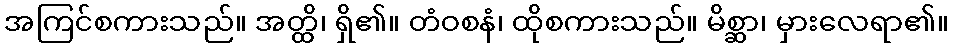
အကြင်စကားသည်။ အတ္ထိ၊ ရှိ၏။ တံဝစနံ၊ ထိုစကားသည်။ မိစ္ဆာ၊ မှားလေရာ၏။